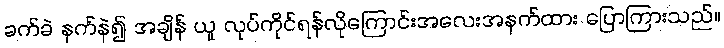
ခက်ခဲ နက်နဲ၍ အချိန် ယူ လုပ်ကိုင်ရန်လိုကြောင်းအလေးအနက်ထား ပြောကြားသည်။